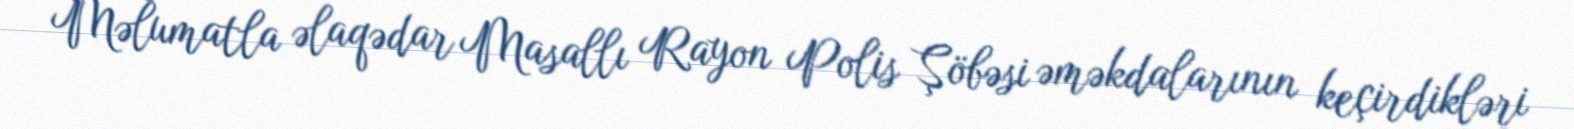
Məlumatla əlaqədar Masallı Rayon Polis Şöbəsi əməkdalarının keçirdikləri